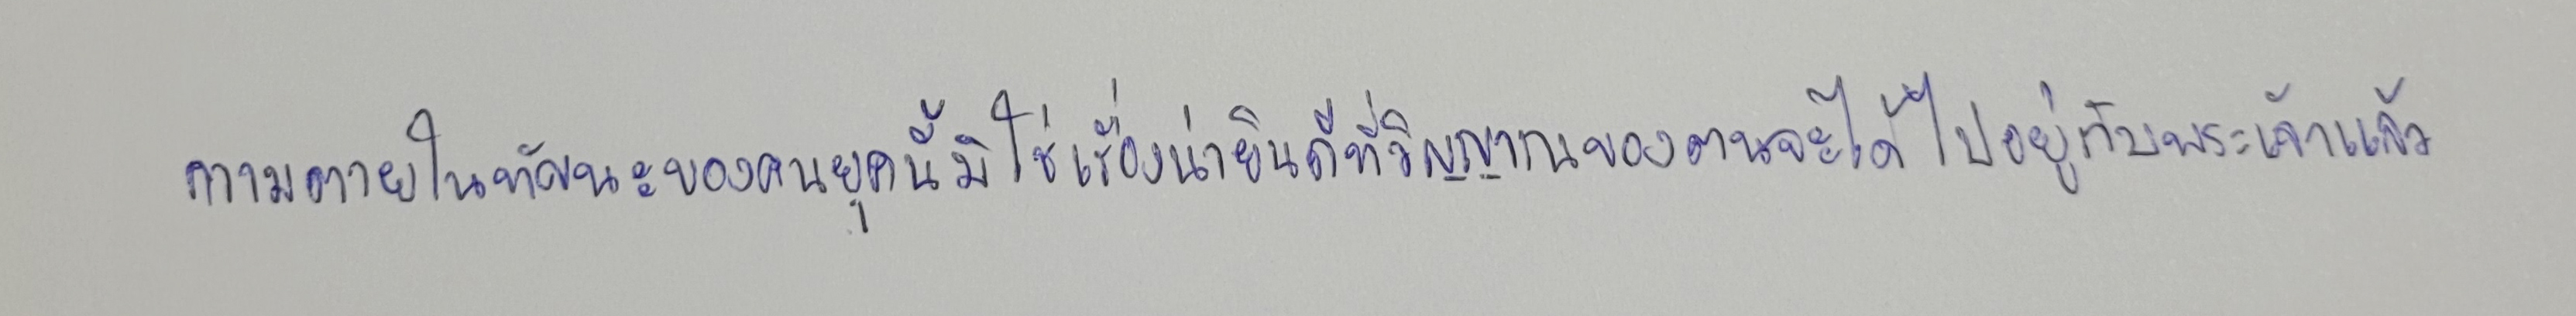
ความตายในทัศนะของคนยุคนี้มิใช่เรื่องน่ายินดีที่วิญญาณของตนจะได้ไปอยู่กับพระเจ้าแล้ว